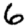
Digit: 6